65_HS1-834228961_62-HQ-83894_Serial_153
Agency: FBI
Page 5
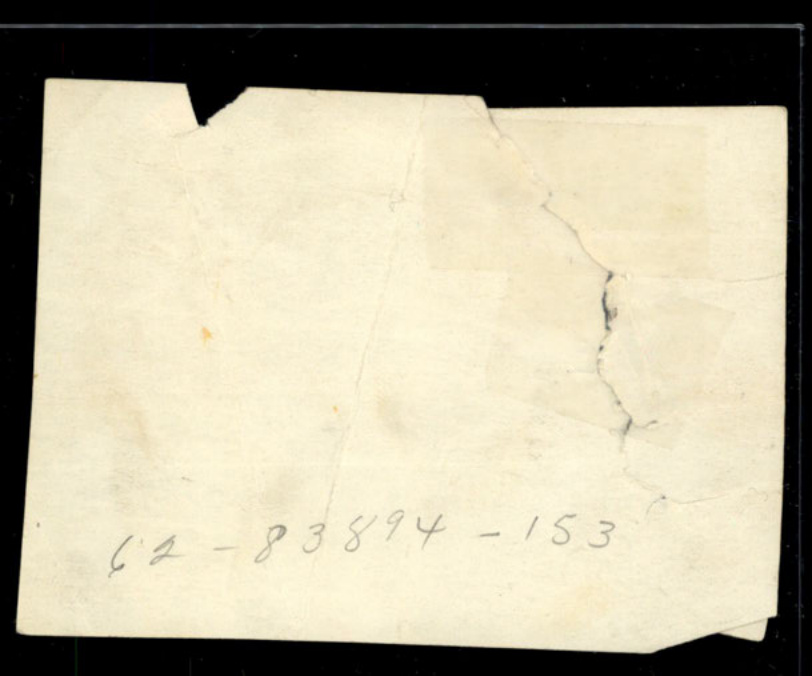